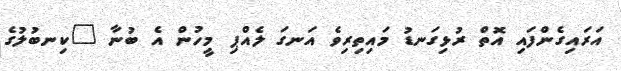
އަރައިގެންފައި އޮތް ރުޅިގަނޑު މައިތިރިވެ އަނގަ ލެއްޕި މީހުން އެ ބުނާ "ކިނބުލުގެ